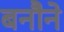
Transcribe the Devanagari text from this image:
बनौने